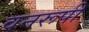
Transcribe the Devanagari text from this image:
वनरूपी